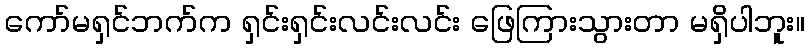
ကော်မရှင်ဘက်က ရှင်းရှင်းလင်းလင်း ဖြေကြားသွားတာ မရှိပါဘူး။